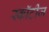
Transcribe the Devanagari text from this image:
स्कॉटीज